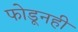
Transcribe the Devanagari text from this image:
फोडूनही